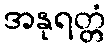
အနုရတ္တံ